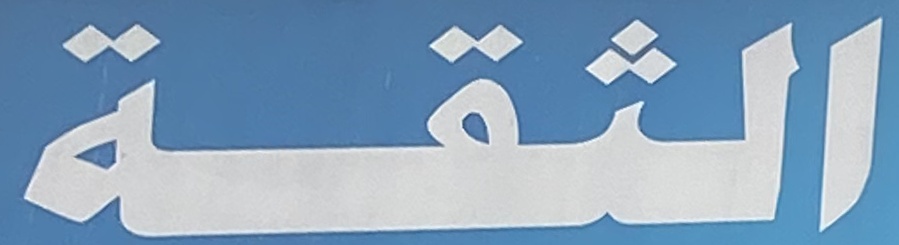
الثقة